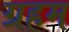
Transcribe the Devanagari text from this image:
ग्रहम